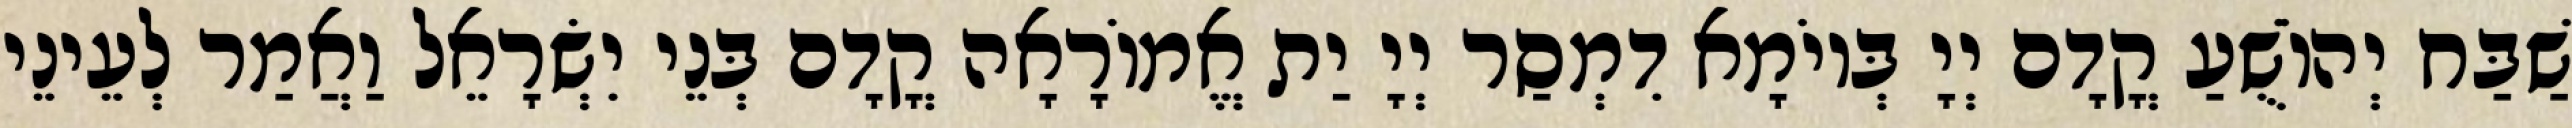
שַׁבַּח יְהוֹשֻׁעַ קֳדָם יְיָ בְּיוֹמָא דִמְסַר יְיָ יַת אֱמוֹרָאָה קֳדָם בְּנֵי יִשְׂרָאֵל וַאֲמַר לְעֵינֵי